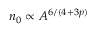
n _ { 0 } \propto A ^ { 6 / ( 4 + 3 p ) }